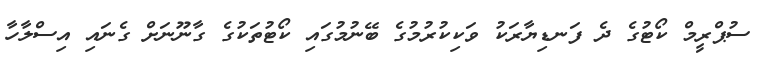
ސުޕްރީމް ކޯޓުގެ ދެ ފަނޑިޔާރަކު ވަކިކުރުމުގެ ބޭނުމުގައި ކޯޓުތަކުގެ ގާނޫނަށް ގެނައި އިސްލާހާ